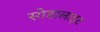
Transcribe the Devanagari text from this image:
सोडालाइट